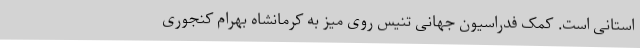
استانی است. کمک فدراسیون جهانی تنیس روی میز به کرمانشاه بهرام کنجوری